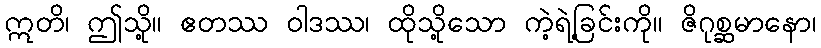
ဣတိ၊ ဤသို့။ ဧတဿ ဝါဒဿ၊ ထိုသို့သော ကဲ့ရဲ့ခြင်းကို။ ဇိဂုစ္ဆမာနော၊